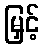
မြှင့်